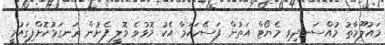
މައުލޫމާތު މުއްސަނދިވި މެޔޯޓް އަތުން ފަސޭހަކަމާ އެކު މޮޅުވެ ވޮލީ ފެށުން ރަނގަޅުކޮށްފިގައުމީ